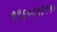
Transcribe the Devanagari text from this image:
१९६०८५३११०